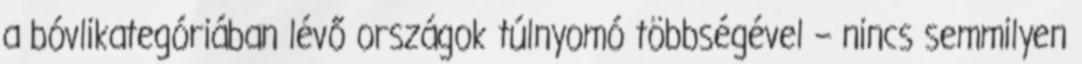
a bóvlikategóriában lévő országok túlnyomó többségével – nincs semmilyen